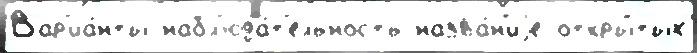
Вар'иа́нты набл'юда́т'ельность назва́н'иjе откры́тых